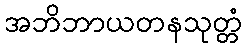
အဘိဘာယတနသုတ္တံ